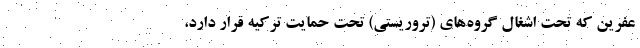
عفرین که تحت اشغال گروه‌های (تروریستی) تحت حمایت ترکیه قرار دارد،